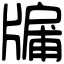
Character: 牖